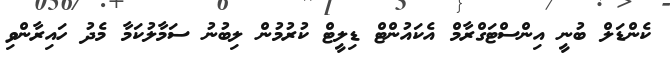
ކެންޑަލް ބުނީ އިންސްޓަގްރާމް އެކައުންޓް ޑިލީޓް ކުރުމުން ލިބުނު ސަމާލުކަމާ މެދު ހައިރާންވި